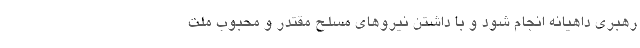
رهبری داهیانه انجام شود و با داشتن نیروهای مسلح مقتدر و محبوب ملت